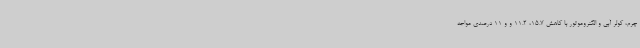
چرم، کولر آبی و الکتروموتور با کاهش 15.7، 11.2 و و 11 درصدی مواجه